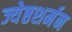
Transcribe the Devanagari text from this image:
ज्येष्ठशर्मन